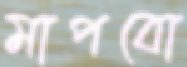
মাপবো